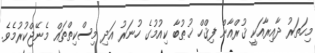
މިހަތަރު ދާއިރާއަކީ ޤުރްއާން ފިޤްހް ޚުޠުބާ ކިއުމުގެ ހުނަރު އަދި މިސްކިތްތައް މެނޭޖްކުރުމެވެ.